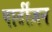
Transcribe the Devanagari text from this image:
पार्टीज़न